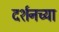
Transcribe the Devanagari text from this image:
दर्शनच्या